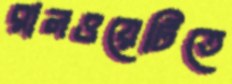
রানওয়েটিতে